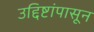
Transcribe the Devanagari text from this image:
उद्दिष्टांपासून